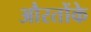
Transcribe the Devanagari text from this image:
औरतोंके